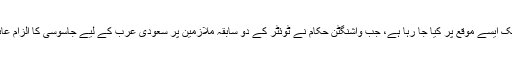
یہ دورہ ایک ایسے موقع پر کیا جا رہا ہے، جب واشنگٹن حکام نے ٹوئٹر کے دو سابقہ ملازمین پر سعودی عرب کے لیے جاسوسی کا الزام عائد کیا ہے۔